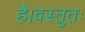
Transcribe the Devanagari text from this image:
है।वस्तुतः